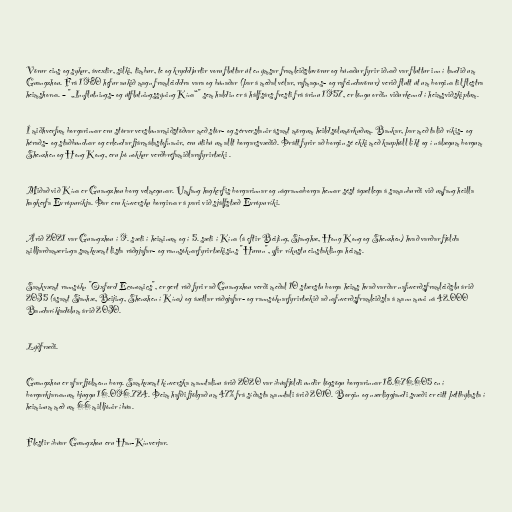
Vörur eins og sykur, ávextir, silki, timbur, te og kryddjurtir voru fluttar út en ýmsar framleiðsluvörur og búnaður fyrir iðnað var fluttur inn í landið um
Guangzhou. Frá 1980 hefur aukið magn framleiddra vara og búnaðar (þar á meðal vélar, rafmagns- og rafeindavörur) verið flutt út um borgina til flestra
heimshorna. – "„Innflutnings- og útflutningssýning Kína“" sem haldin er á hálfsárs fresti frá árinu 1957, er löngu orðin viðurkennd í heimsviðskiptum.

Í miðhverfum borgarinnar eru stórar verslunarmiðstöðvar með stór- og sérverslanir ásamt mörgum heildsölumörkuðum. Bankar, þar með talið ríkis- og
héraðs- og staðbundnar og erlendar fjármálastofnanir, eru útibú um allt borgarsvæðið. Þrátt fyrir að borgin sé ekki með kauphöll líkt og í nálægum borgum
Shenzhen og Hong Kong, eru þó nokkur verðbréfamiðlarafyrirtæki .

Miðað við Kína er Guangzhou borg velmegunar. Umfang hagkerfis borgarinnar og nágrannaborga hennar sést ágætlega á samanburði við umfang heilla
hagkerfa Evrópuríkja. Þar eru kínversku borgirnar á pari við sjálfstæð Evrópuríki.

Árið 2021 var Guangzhou í 9. sæti í heiminum og í 5. sæti í Kína (á eftir Beijing, Sjanghæ, Hong Kong og Shenzhen) hvað varðar fjölda
milljarðamæringa samkvæmt lista ráðgjafar- og rannsóknarfyrirtækisins "Hurun", yfir ríkustu einstaklinga heims.

Samkvæmt rannsókn "Oxford Economics", er gert ráð fyrir að Guangzhou verði meðal 10 stærstu borga heims hvað varðar nafnverðsframleiðslu árið
2035 (ásamt Sjanhæ, Beijing, Shenzhen í Kína) og áætlar ráðgjafar- og rannsóknarfyrirtækið að nafnverðsframleiðsla á mann muni ná 42.000
Bandaríkjadölum árið 2030.

Lýðfræði.

Guangzhou er afar fjölmenn borg. Samkvæmt kínverska manntalinu árið 2020 var íbúafjöldi undir lögsögu borgarinnar 18.676.605 en í
borgarkjarnanum bjuggu 16.096.724. Þeim hafði fjölgað um 47% frá síðasta manntali árið 2010. Borgin og nærliggjandi svæði er eitt þéttbýlasta í
heiminum með um 66 milljónir íbúa.

Flestir íbúar Guangzhou eru Han-Kínverjar.